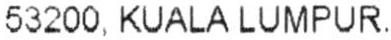
53200,KUALA LUMPUR.